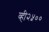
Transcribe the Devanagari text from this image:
व्ही२५००